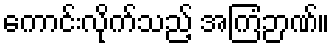
ကောင်းလိုက်သည့် အကြံဉာဏ်။